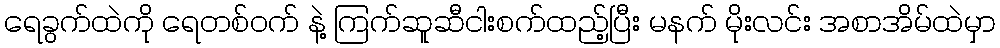
ရေခွက်ထဲကို ရေတစ်ဝက် နဲ့ ကြက်ဆူဆီငါးစက်ထည့်ပြီး မနက် မိုးလင်း အစာအိမ်ထဲမှာ